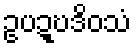
ဥပဍ္ဎဒိဝသံ